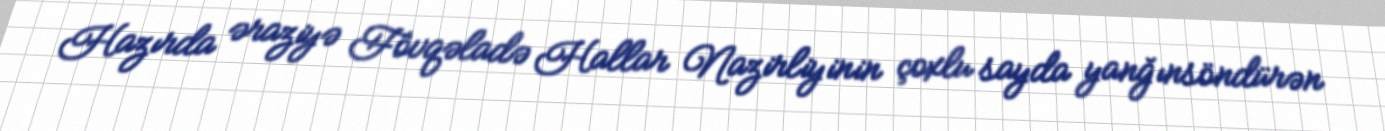
Hazırda əraziyə Fövqəladə Hallar Nazirliyinin çoxlu sayda yanğınsöndürən